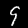
Label: 9